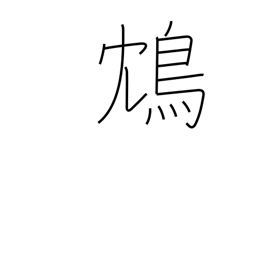
Meaning: a poisonous Chinese bird